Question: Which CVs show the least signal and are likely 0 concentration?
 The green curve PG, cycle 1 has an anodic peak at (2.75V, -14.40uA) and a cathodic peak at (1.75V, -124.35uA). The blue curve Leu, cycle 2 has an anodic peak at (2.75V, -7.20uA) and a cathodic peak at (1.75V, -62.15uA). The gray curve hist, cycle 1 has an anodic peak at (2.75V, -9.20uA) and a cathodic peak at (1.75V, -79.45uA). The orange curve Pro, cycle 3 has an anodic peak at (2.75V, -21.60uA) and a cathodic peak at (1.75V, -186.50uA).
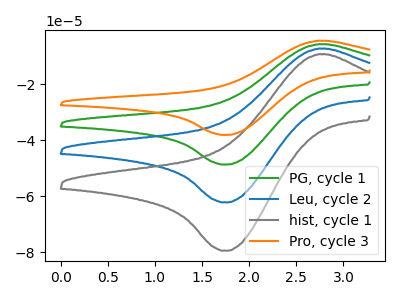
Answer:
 <answer>There are not any CV's on this graph that are likely to be blanks.</answer>
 <eval>none</eval>